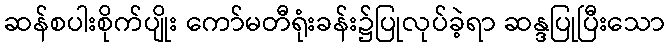
ဆန်စပါးစိုက်ပျိုး ကော်မတီရုံးခန်း၌ပြုလုပ်ခဲ့ရာ ဆန္ဒပြုပြီးသော